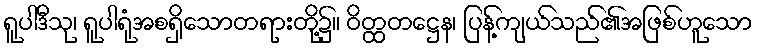
ရူပါဒီသု၊ ရူပါရုံအစရှိသောတရားတို့၌။ ဝိတ္ထတဋ္ဌေန၊ ပြန့်ကျယ်သည်၏အဖြစ်ဟူသော